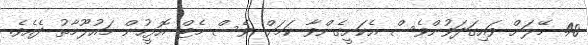
40 މޭލަށް ވައިގަދަވުންވެސް އެކަށީގެންވާ ކަމަށް ވެސް މެޓް އޮފީހުން މައުލޫމާތު ދެއެވެ.